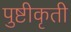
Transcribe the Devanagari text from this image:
पुष्टीकृती